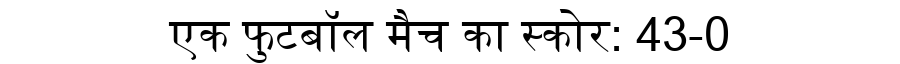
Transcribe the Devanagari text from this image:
एक फुटबॉल मैच का स्कोर: 43-0